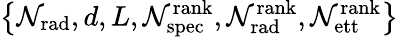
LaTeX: \left\{ \mathcal{N}_{\mathrm{{rad}}},d,L,\mathcal{N}_{\mathrm{{spec}}}^{\mathrm{{rank}}},\mathcal{N}_{\mathrm{{rad}}}^{\mathrm{{rank}}},\mathcal{N}_{\mathrm{{ett}}}^{\mathrm{{rank}}}\right\}